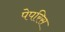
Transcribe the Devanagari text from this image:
पेपरिस